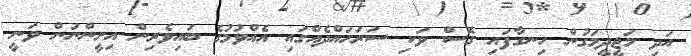
އަދި މަޖީދީމަގުން ހިނގާފައި ގޮސް ވަކި ސަރަަހައްދެއްގައި އެއްވުމުގެ ބައިވެރިން އިށީންނަން ވަނީ